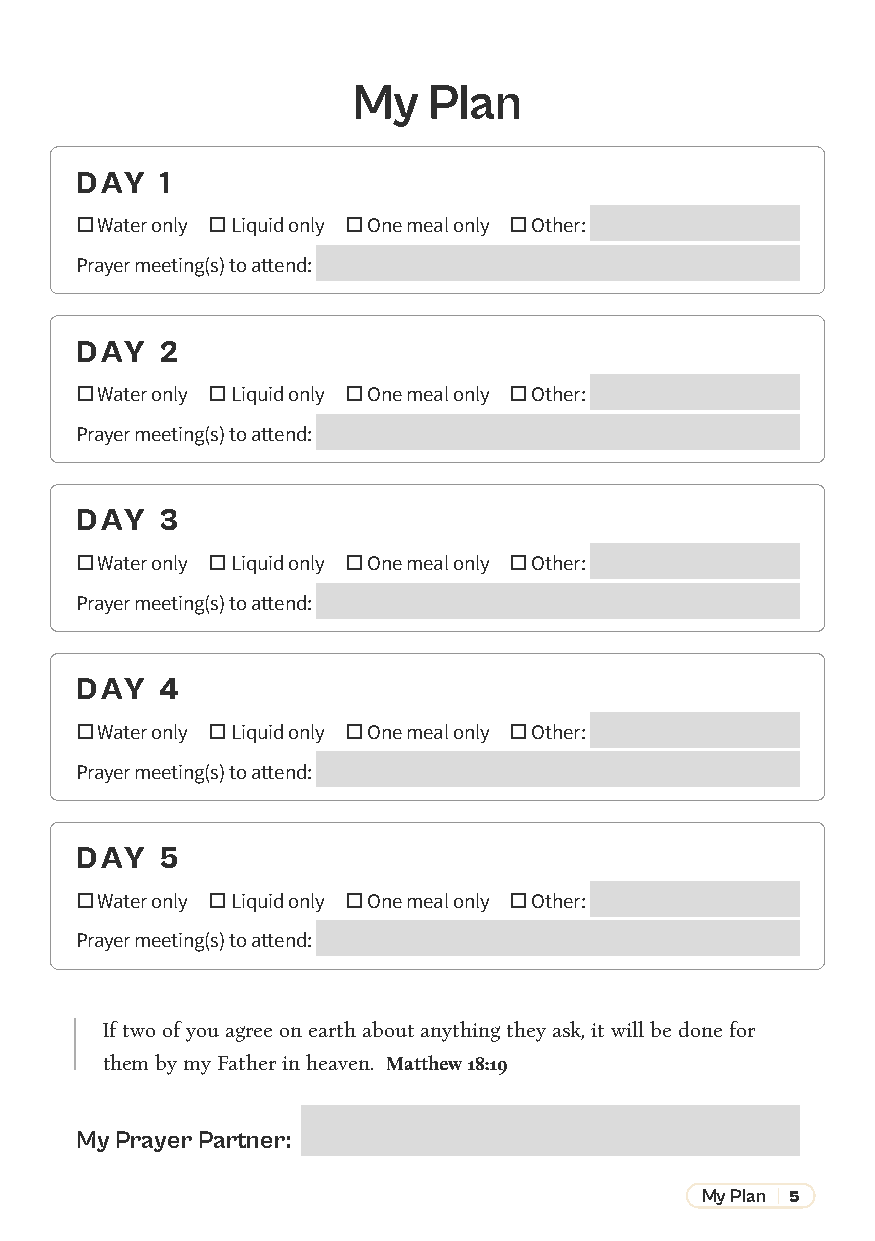
My   Plan
 DAY   1
  Water only  Liquid only  One meal only  Other:
 Prayer meeting(s) to attend:
 DAY   2
  Water only  Liquid only  One meal only  Other:
 Prayer meeting(s) to attend:
 DAY   3
  Water only  Liquid only  One meal only  Other:
 Prayer meeting(s) to attend:
 DAY   4
  Water only  Liquid only  One meal only  Other:
 Prayer meeting(s) to attend:
 DAY   5
  Water only  Liquid only  One meal only  Other:
 Prayer meeting(s) to attend:
 If two of you agree on earth about anything they ask, it will be done for
 them by my Father in heaven. Matthew 18:19
 My Prayer Partner:
 My Plan | 5